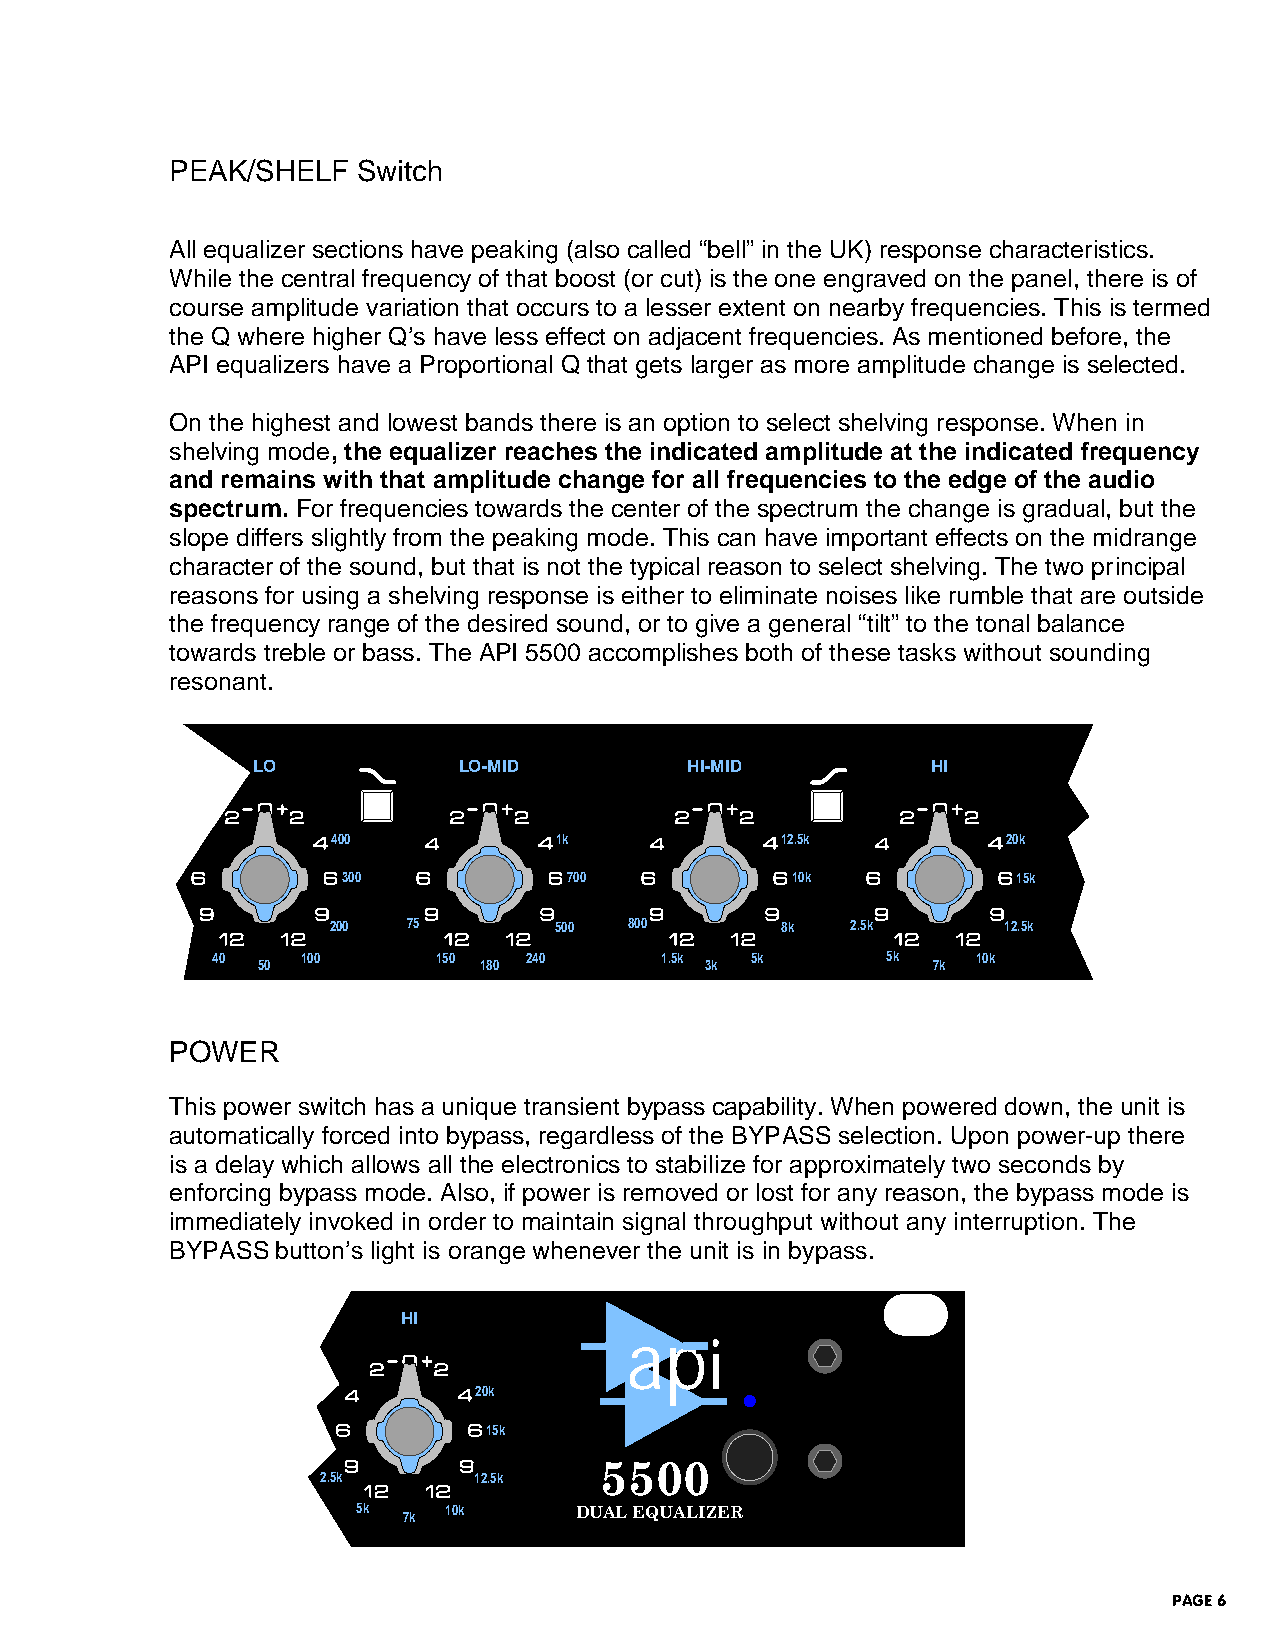
PEAK/SHELF   Switch
 All equalizer sections have peaking (also called “bell” in the UK) response characteristics.
 While the central frequency of that boost (or cut) is the one engraved on the panel, there is of
 course amplitude variation that occurs to a lesser extent on nearby frequencies. This is termed
 the Q where higher Q’s have less effect on adjacent frequencies. As mentioned before, the
 API equalizers have a Proportional Q that gets larger as more amplitude change is selected.
 On the highest and lowest bands there is an option to select shelving response. When in
 shelving mode, the equalizer reaches the indicated amplitude at the indicated frequency
 and remains with that amplitude change for all frequencies to the edge of the audio
 spectrum. For frequencies towards the center of the spectrum the change is gradual, but the
 slope differs slightly from the peaking mode. This can have important effects on the midrange
 character of the sound, but that is not the typical reason to select shelving. The two principal
 reasons for using a shelving response is either to eliminate noises like rumble that are outside
 the frequency range of the desired sound, or to give a general “tilt” to the tonal balance
 towards treble or bass. The API 5500 accomplishes both of these tasks without sounding
 resonant.
 LO           LO-MID          HI-MID          HI
 400            1k             12.5k          20k
 300            700           10k            15k
 200  75        500  800       8k  2.5k       12.5k
 40 50 100      150 180 240    1.5k 3k 5k     5k 7k 10k
 POWER
 This power switch has a unique transient bypass capability. When powered down, the unit is
 automatically forced into bypass, regardless of the BYPASS selection. Upon power-up there
 is a delay which allows all the electronics to stabilize for approximately two seconds by
 enforcing bypass mode. Also, if power is removed or lost for any reason, the bypass mode is
 immediately invoked in order to maintain signal throughput without any interruption. The
 BYPASS button’s light is orange whenever the unit is in bypass.
 .
 HI
 api
 20k
 15k
 5500
 2.5k      12.5k
 5k 7k 10k     DUAL EQUALIZER
 PAGE 6